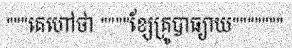
"""គេហៅថា """"ខ្សែគ្រូបាធ្យាយ"""""""